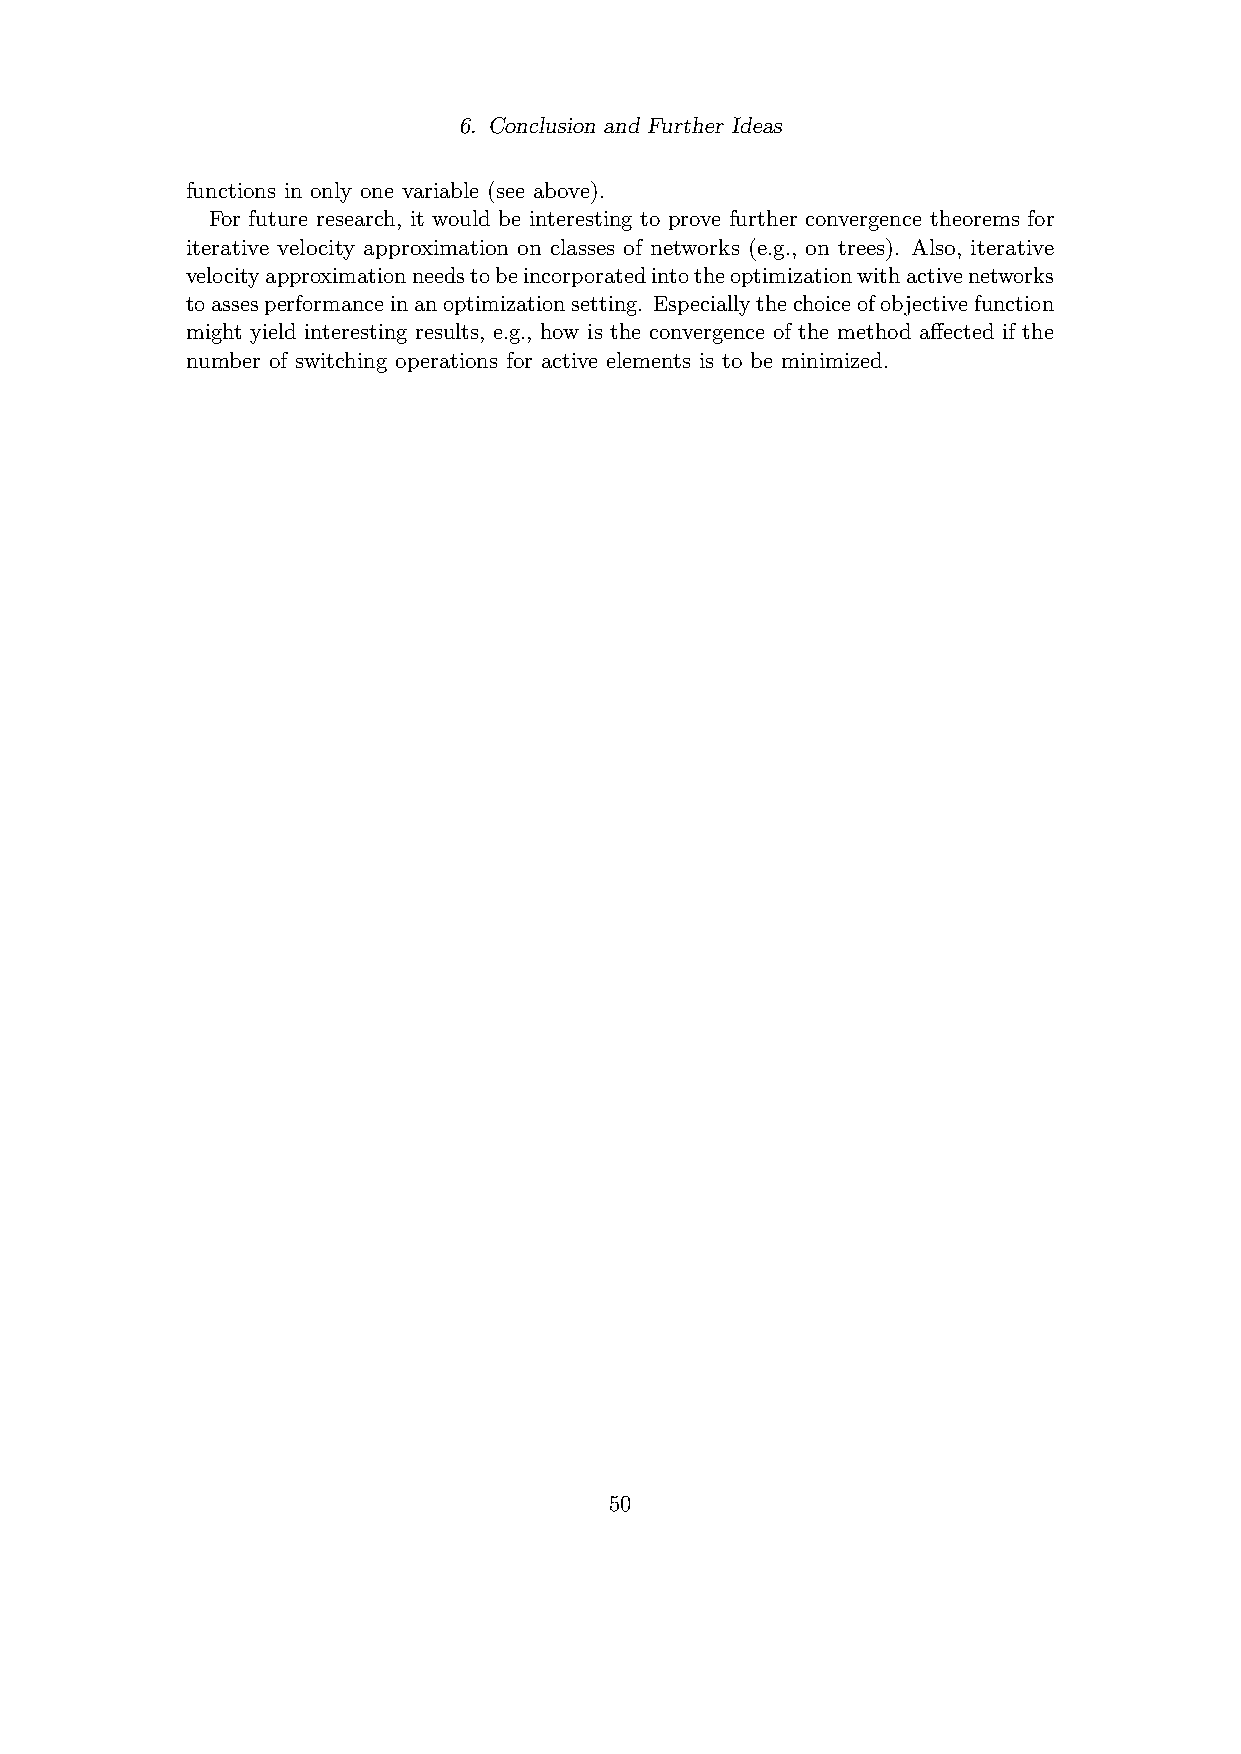
6. Conclusion and Further Ideas
 functions in only one variable (see above).
 For future research, it would be interesting to prove further convergence theorems for
 iterative velocity approximation on classes of networks (e.g., on trees). Also, iterative
 velocityapproximationneedstobeincorporatedintotheoptimizationwithactivenetworks
 toassesperformanceinanoptimizationsetting. Especiallythechoiceofobjectivefunction
 might yield interesting results, e.g., how is the convergence of the method affected if the
 number of switching operations for active elements is to be minimized.
 50